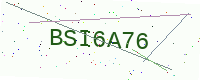
Text: BSI6A76